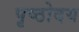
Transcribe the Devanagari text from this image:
पृष्ठोदय